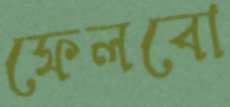
ফেলবো